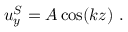
u _ { y } ^ { S } = A \cos ( k z ) ~ .